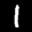
Label: 1